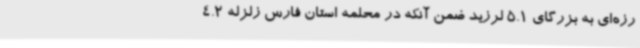
رزه‌ای به بزرگای 5.1 لرزید ضمن آنکه در محلمه استان فارس زلزله 4.2